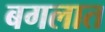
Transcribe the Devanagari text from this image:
बगलात